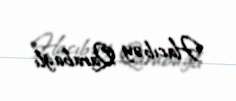
Hacıbəy Qarabağlı